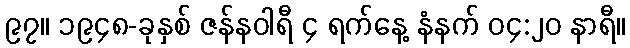
၉၇။ ၁၉၄၈-ခုနှစ် ဇန်နဝါရီ ၄ ရက်နေ့ နံနက် ၀၄:၂၀ နာရီ။